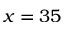
x = 3 5